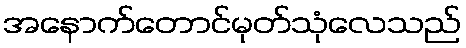
အနောက်တောင်မုတ်သုံလေသည်